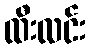
ထီးလင်း